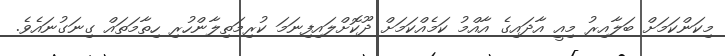
މިކަންކަމަށް ބަލާއިރު މިއީ އާދައިގެ އާއްމު ކަމެއްކަމަށް ދޫކޮށްލައިފިނަމަ ކުރިމަތިލާންހުރި ހިތާމަތައް ގިނަގުނައެވެ.